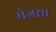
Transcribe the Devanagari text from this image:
मेजस।